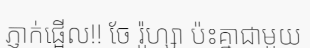
ភ្ញាក់ផ្អើល!! ចែ រ៉ូហ្សា ប៉ះគ្នាជាមួយ